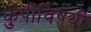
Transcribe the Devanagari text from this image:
कुपीविषयी